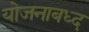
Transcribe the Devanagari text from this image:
योजनाबध्द